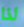
لذا